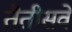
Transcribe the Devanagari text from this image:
तैतीसवें